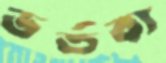
ভর্তব্য